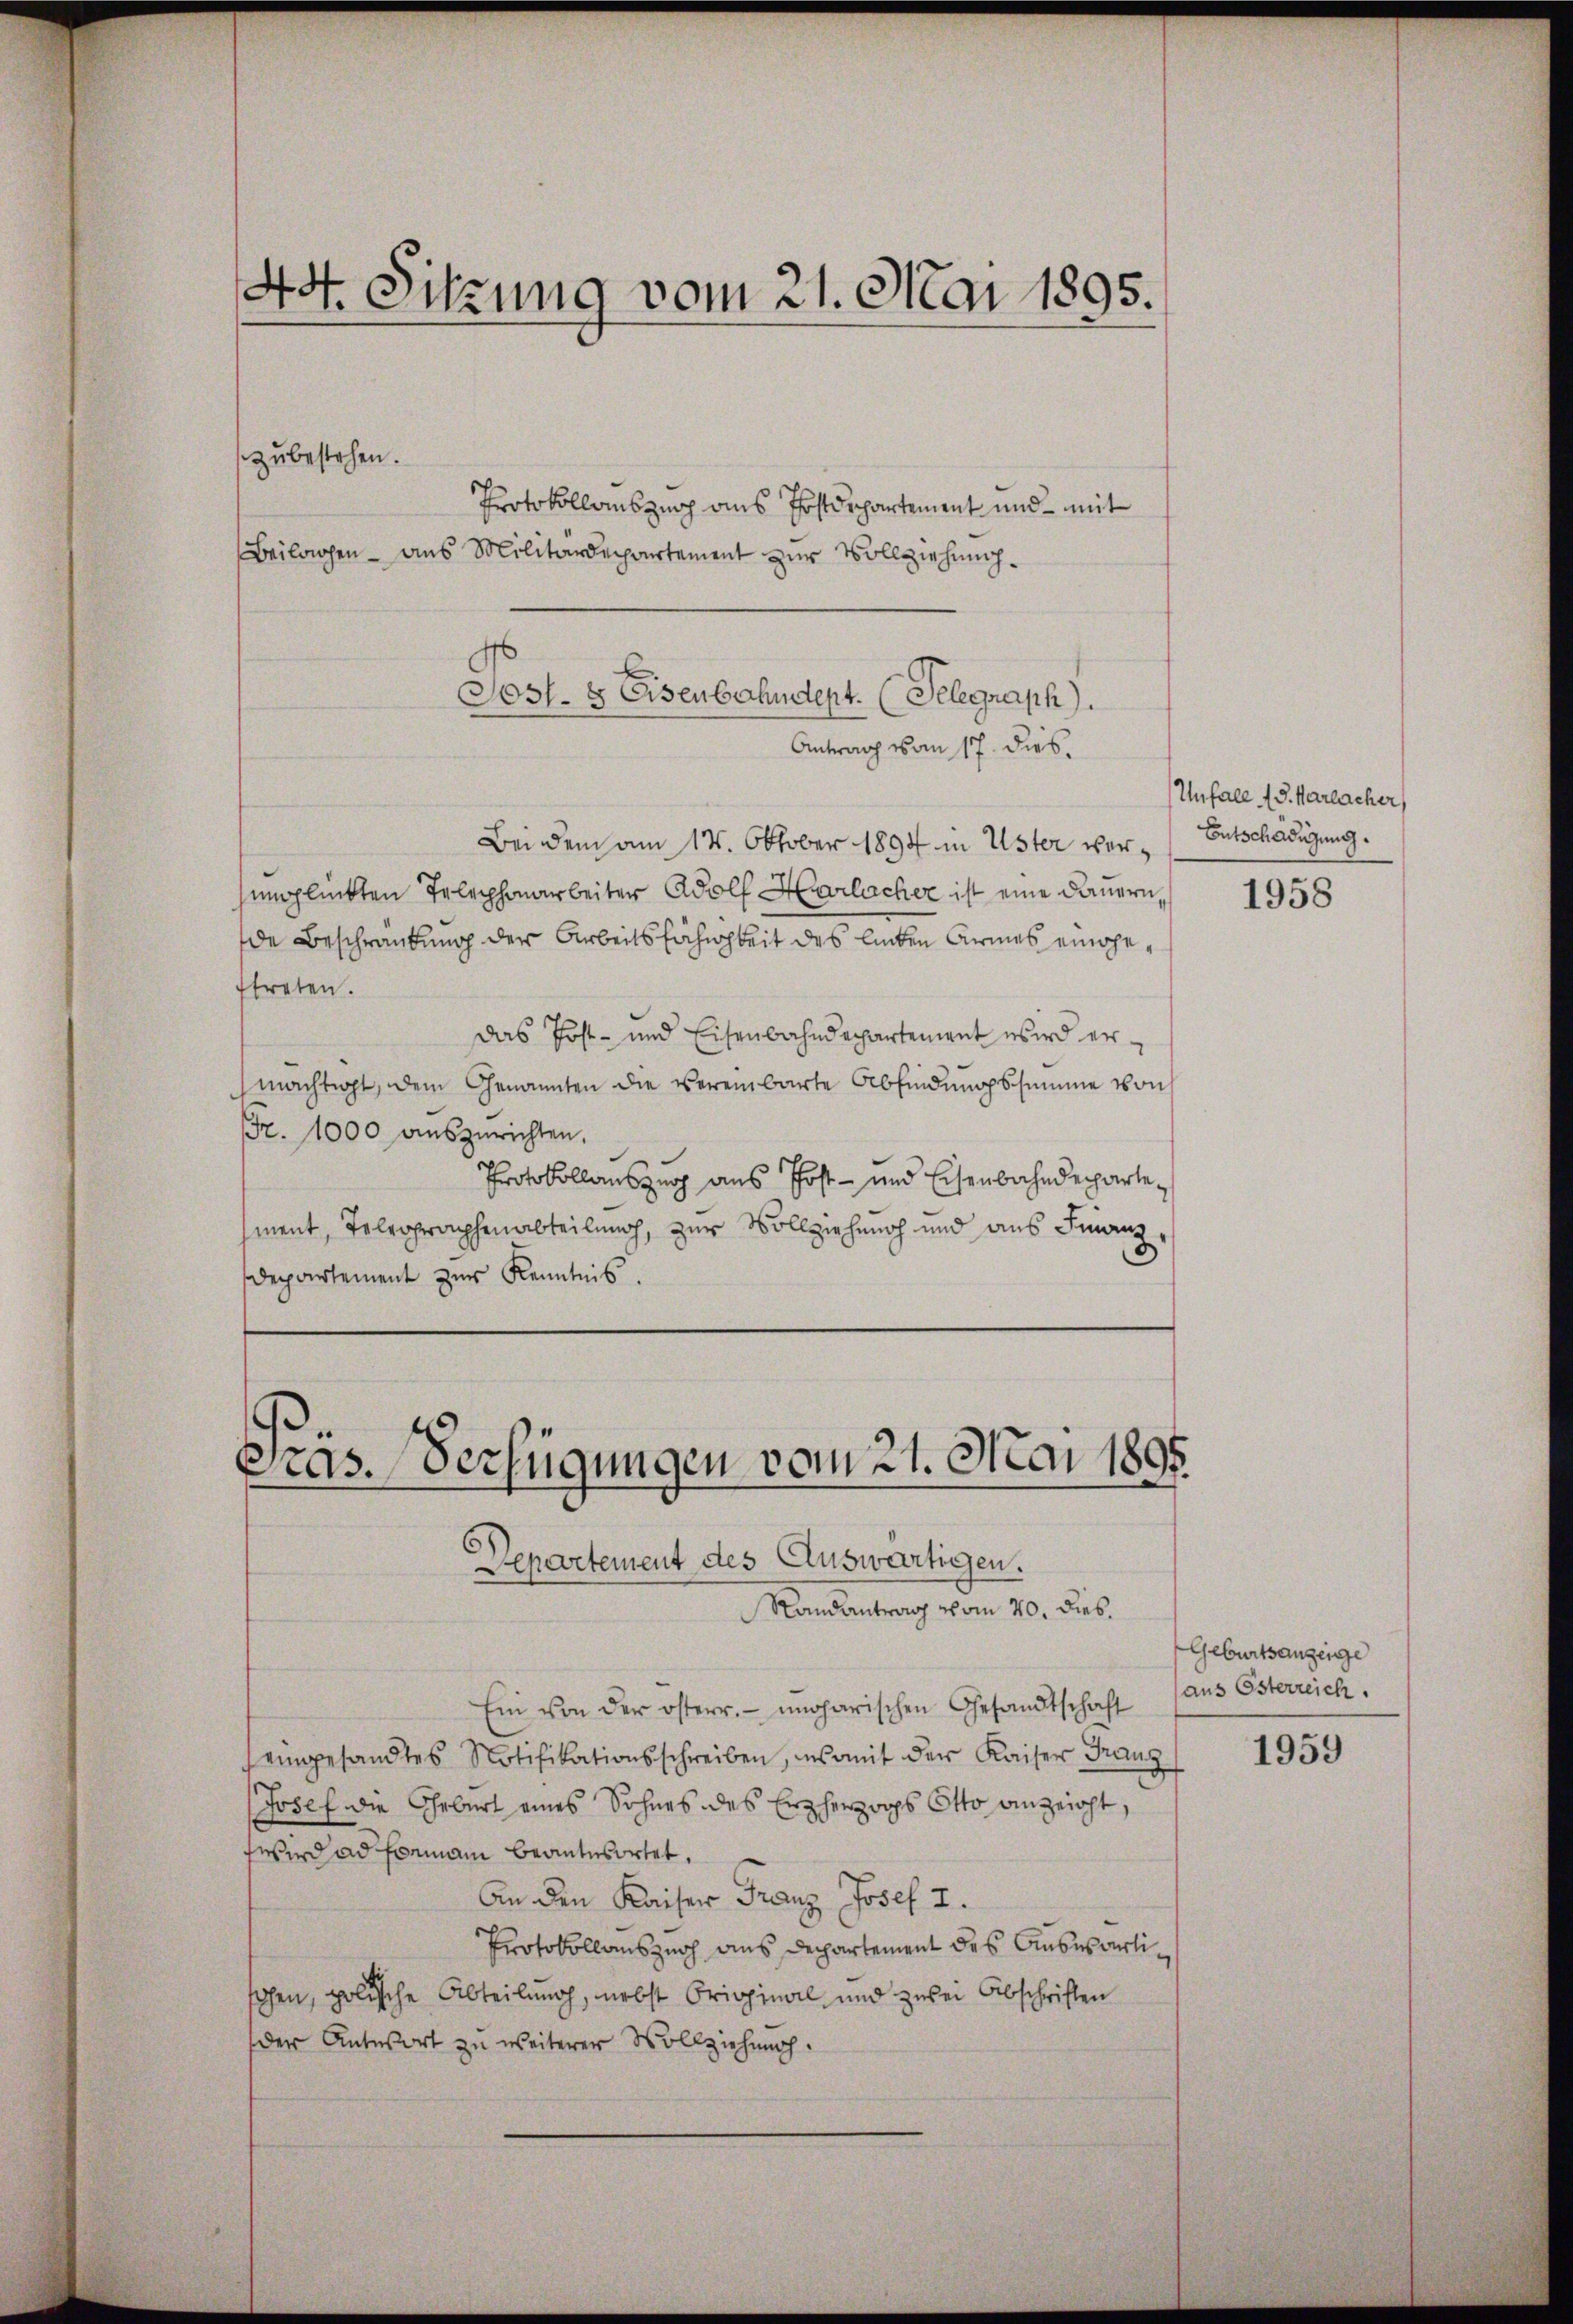
44. Sitzung vom 21. Mai 1895.

zu bestehen.
Protokollauszug aus Postdepartement und mit
Beilagen - aus Militärdepartement zur Vollziehung.
Antrag vom 17. dies
Bei dem am 14. Oktober 1894 in Uster verunglükten Telephonarbeiter Adolf Harlacher ist eine Dauern,
de Beschränkung der Arbeitsfähigkeit des linken Armes eingetreten.
Das Post- und Eisenbahndepartement wird ermächtigt, dem Genannten die vereinbarte Abfindŭngssumme von
Fr. 1000 auszurichten,
Protokollauszug aus Post- und Eisenbahndepartement, Tolrographenabteilung, zur Vollziehung und aus Finanz¬
Departement zur Kenntnis.

Sost- & Eisenbahndept. (Telegraph).

Präs. Verfügungen vom 21. Mai 1895.
Departement des Auswärtigen.
Randantrag vom 20. Dieb.

Ein von der österr. ungarischen Gesandtschaft (aus Esterreich
eingesandtes Notifikationsschreiben, somit der Kaiser Franz
Josef die Geburt eines Sohnes des Erzherzoops Otto anzeicht,
wird ad formann beantesortet.
An den Kaiser Franz Josef I.
Protokollauszuch aus Departement des Ausserlihohen, polische Abteilung, nebst Original und zwei Abschriften
der Antwort zu weiterer Vollziehung.

Unfall (S. Karlacher,
Entschädigung.

1958

Geburtsanzeige

1959